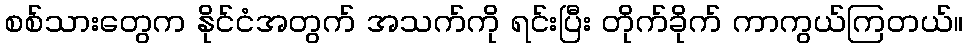
စစ်သားတွေက နိုင်ငံအတွက် အသက်ကို ရင်းပြီး တိုက်ခိုက် ကာကွယ်ကြတယ်။